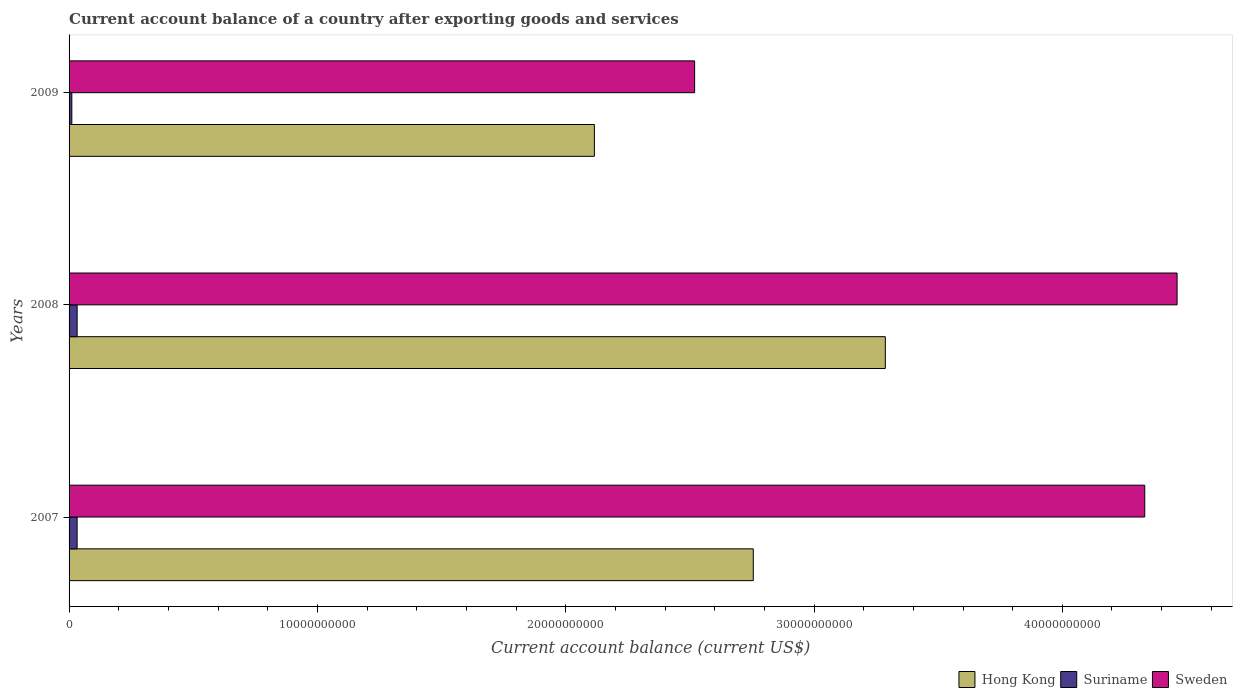
| Years | Hong Kong | Suriname | Sweden |
 | --- | --- | --- | --- |
 | 2007 | 2.76e+10 | 3.24e+08 | 4.33e+10 |
 | 2008 | 3.29e+10 | 3.25e+08 | 4.46e+10 |
 | 2009 | 2.12e+10 | 1.11e+08 | 2.52e+10 |